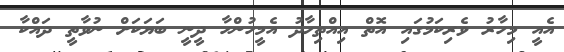
އެއީ މިހާރު ވެރިކަމުގައި އޮތް އިއްތިހާދު އެމީހުންހާ ދީނީ ބަޔަކަށް ނުވާތީ ދައްކާ